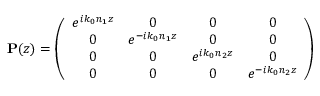
\mathbf { P } ( z ) = \left( \begin{array} { c c c c } { e ^ { i k _ { 0 } n _ { 1 } z } } & { 0 } & { 0 } & { 0 } \\ { 0 } & { e ^ { - i k _ { 0 } n _ { 1 } z } } & { 0 } & { 0 } \\ { 0 } & { 0 } & { e ^ { i k _ { 0 } n _ { 2 } z } } & { 0 } \\ { 0 } & { 0 } & { 0 } & { e ^ { - i k _ { 0 } n _ { 2 } z } } \end{array} \right)